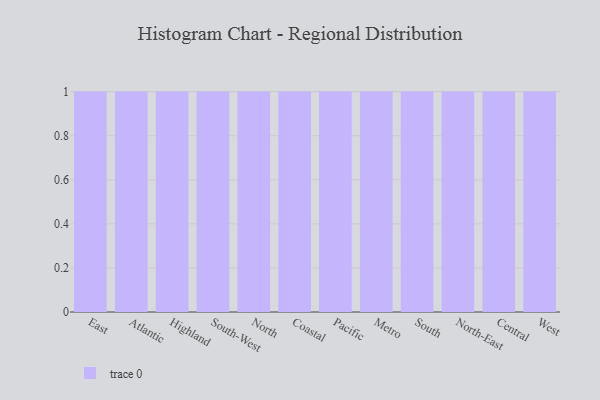
{"axis": {"x": "Region", "y": "Tickets Resolved"}, "legend": [""], "data": [{"x": "East", "y": 57, "type": ""}, {"x": "Atlantic", "y": 21, "type": ""}, {"x": "Highland", "y": 25, "type": ""}, {"x": "South-West", "y": 91, "type": ""}, {"x": "North", "y": 89, "type": ""}, {"x": "Coastal", "y": 34, "type": ""}, {"x": "Pacific", "y": 80, "type": ""}, {"x": "Metro", "y": 83, "type": ""}, {"x": "South", "y": 63, "type": ""}, {"x": "North-East", "y": 69, "type": ""}, {"x": "Central", "y": 30, "type": ""}, {"x": "West", "y": 13, "type": ""}]}